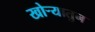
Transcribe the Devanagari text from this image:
खोऱ्यातुन